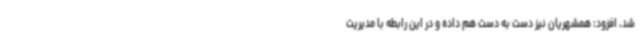
شد، افزود: همشهریان نیز دست به دست هم داده و در این رابطه با مدیریت